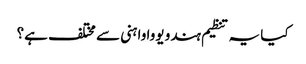
کیا یہ تنظیم ہندو یووا واہنی سے مختلف ہے؟